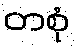
တစုံ